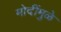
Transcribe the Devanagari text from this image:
मोदींमुळे